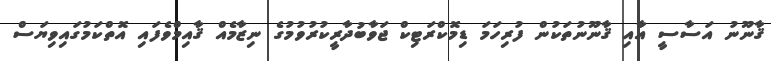
ޤާނޫނު އަސާސީ އާއި ޤާނޫނުތަކުން ފުރިހަމަ ޑިމޮކްރަޓިކް ޖަވާބުދާރީކުރުވުމުގެ ނިޒާމެއް ޤާއިމްވެފައި އޮތްކަމުގައިވިޔަސް